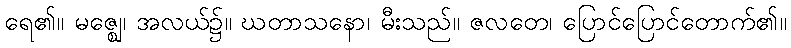
ရေ၏။ မဇ္ဈေ၊ အလယ်၌။ ဃတာသနော၊ မီးသည်။ ဇလတေ၊ ပြောင်ပြောင်တောက်၏။